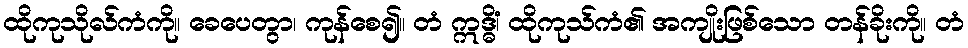
ထိုကုသိုလ်ကံကို။ ခေပေတွာ၊ ကုန်စေ၍။ တံ ဣဒ္ဓိံ၊ ထိုကုသ်ကံ၏ အကျိုးဖြစ်သော တန်ခိုးကို။ တံ